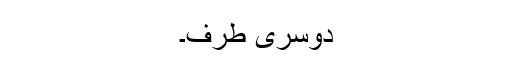
دوسری طرف۔